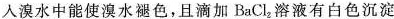
入溴水中能使溴水褪色，且滴加BaCl_{2}溶液有白色沉淀